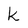
Character: k